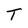
Character: T